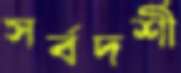
সর্বদর্শী